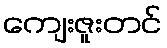
ကျေးဇူးတင်